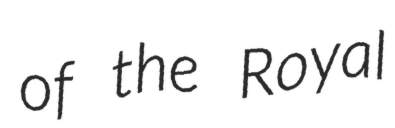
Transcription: of the Royal